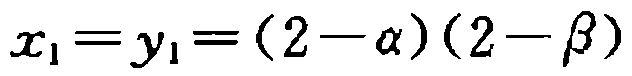
\(x_{1}=y_{1}=(2-\alpha)(2-\beta)\)